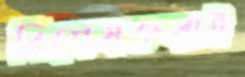
বিশেষজ্ঞরাই